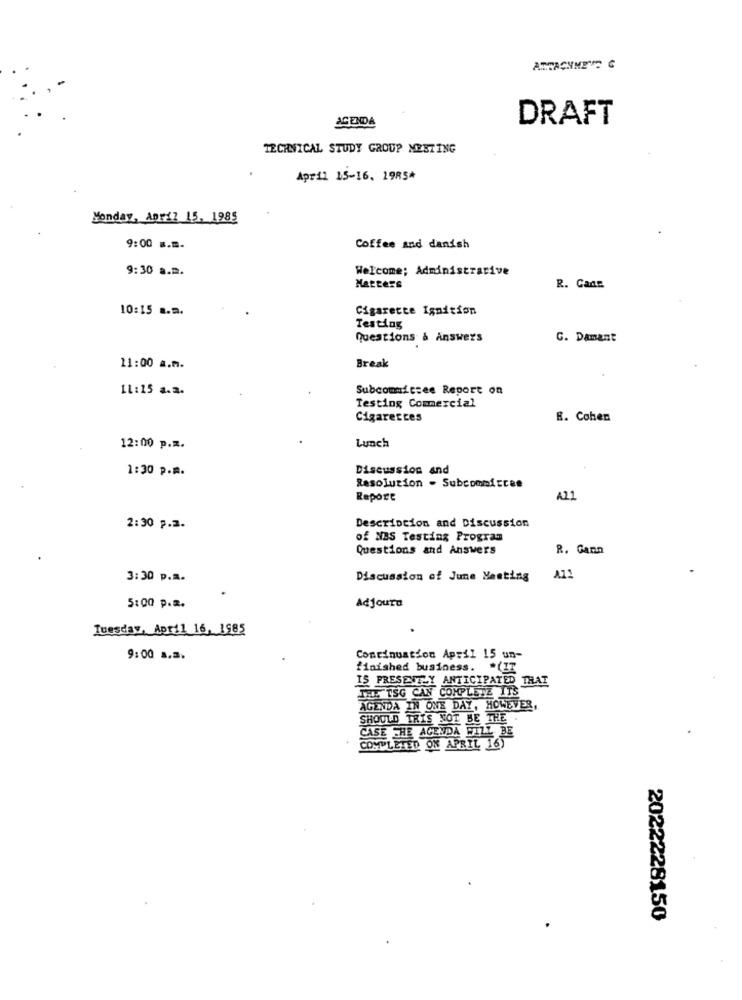
ATTACHMENTS C
AGENDA
DRAFT
TECHNICAL STUDY GROUP MEETING
April 15-16. 1985*
Monday, April 15, 1985
9:00 m.m.
Coffee and danish
9:30 a.m.
Welcome; Administrative
Matters
R. Cans
10:15 a.m.
Cigarette Ignition
Testing
Questions & Answers
G. Damant
11:00 a.m.
Break
11 :15 a.3.
Subcomicsee Report on
Testing Commercial
Cigaresces
B. Cohen
Lunch
12:00 p.m.
1:30 P.M.
Discussion and
Resolution - Subcommittee
Report
A21
Description and Discussion
2:30 p.2.
of NBS Testing Program
Questions and Answers
R. Gann
3:30 p.m.
Discussion of June Heating
A11
Adjoura
5:00 p.m.
Tuesday, April 16, 1985
9:00 a.m.
Continuation April 15 un-
finished business. * (IT
IS PRESENTLY ANTICIPATED THAI
THE TSG CAN COMPLETE ITS
AGENDA IN ONE DAY, HOWEVER,
SHOULD TRIS NOT BE THE .
CASE THE AGENDA FITZ BE
. COMPLETED ON APRIL 16)
2022228150